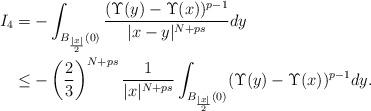
LaTeX: \begin{align*}I_4&=-\int_{B_{\frac{|x|}{2}}(0)}\dfrac{(\Upsilon(y)-\Upsilon(x))^{p-1}}{|x-y|^{N+ps}}dy\\&\le -\left(\dfrac{2}3\right)^{N+ps}\dfrac1{|x|^{N+ps}} \int_{B_{\frac{|x|}{2}}(0)}(\Upsilon(y)-\Upsilon(x))^{p-1}dy. \end{align*}